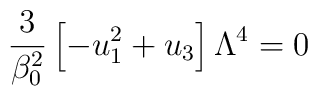
\frac{3}{\beta_0^2}\left[-u_1^2+u_3\right]\Lambda^4 =0